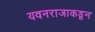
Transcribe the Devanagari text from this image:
यवनराजाकडून